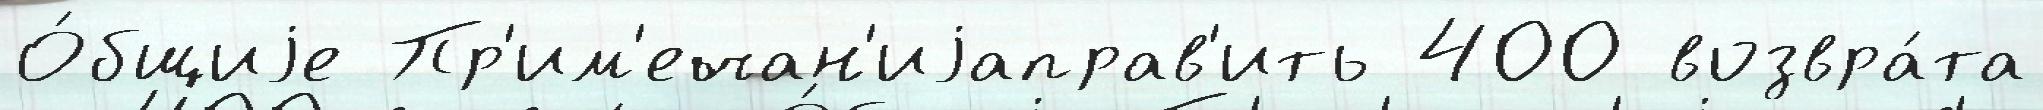
О́бщиjе Пр'им'ечан'иjаправ'ить 400 возвра́та